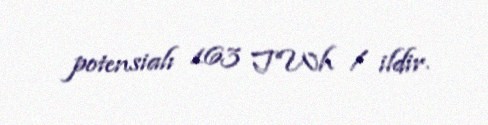
potensialı 163 TWh / ildir.